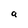
Character: a